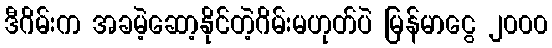
ဒီဂိမ်းက အခမဲ့ဆော့နိုင်တဲ့ဂိမ်းမဟုတ်ပဲ မြန်မာငွေ ၂၀၀၀